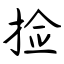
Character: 捡